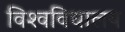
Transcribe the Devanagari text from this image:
विश्‍वविधालय